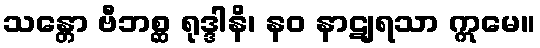
သန္တော ဗီဘစ္ဆ ရုဒ္ဒါနိ၊ နဝ နာဋျရသာ ဣမေ။